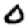
Digit: 0